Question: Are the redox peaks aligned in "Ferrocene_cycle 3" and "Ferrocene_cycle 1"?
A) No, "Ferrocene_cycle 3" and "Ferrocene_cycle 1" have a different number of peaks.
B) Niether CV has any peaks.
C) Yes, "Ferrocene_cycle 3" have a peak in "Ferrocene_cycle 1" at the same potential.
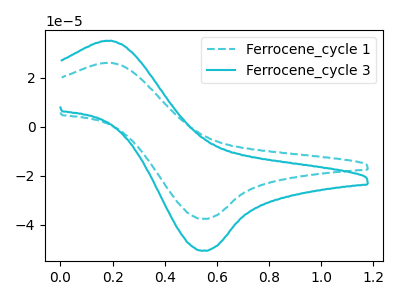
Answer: <think>The cyan dashed curve "Ferrocene_cycle 1" has an anodic peak at (0.20V, 26.05uA) and a cathodic peak at (0.55V, -37.65uA). The cyan curve "Ferrocene_cycle 3" has an anodic peak at (0.20V, 35.10uA) and a cathodic peak at (0.55V, -50.65uA).</think>
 <answer>C) Yes, "Ferrocene_cycle 3" have a peak in "Ferrocene_cycle 1" at the same potential.</answer>
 <eval>C</eval>